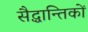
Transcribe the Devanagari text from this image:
सैद्धान्तिकों